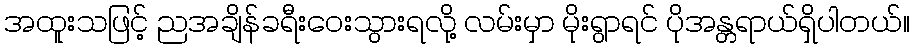
အထူးသဖြင့် ညအချိန်ခရီးဝေးသွားရလို့ လမ်းမှာ မိုးရွာရင် ပိုအန္တရာယ်ရှိပါတယ်။